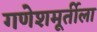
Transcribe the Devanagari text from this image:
गणेशमूर्तीला